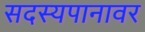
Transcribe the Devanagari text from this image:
सदस्यपानावर